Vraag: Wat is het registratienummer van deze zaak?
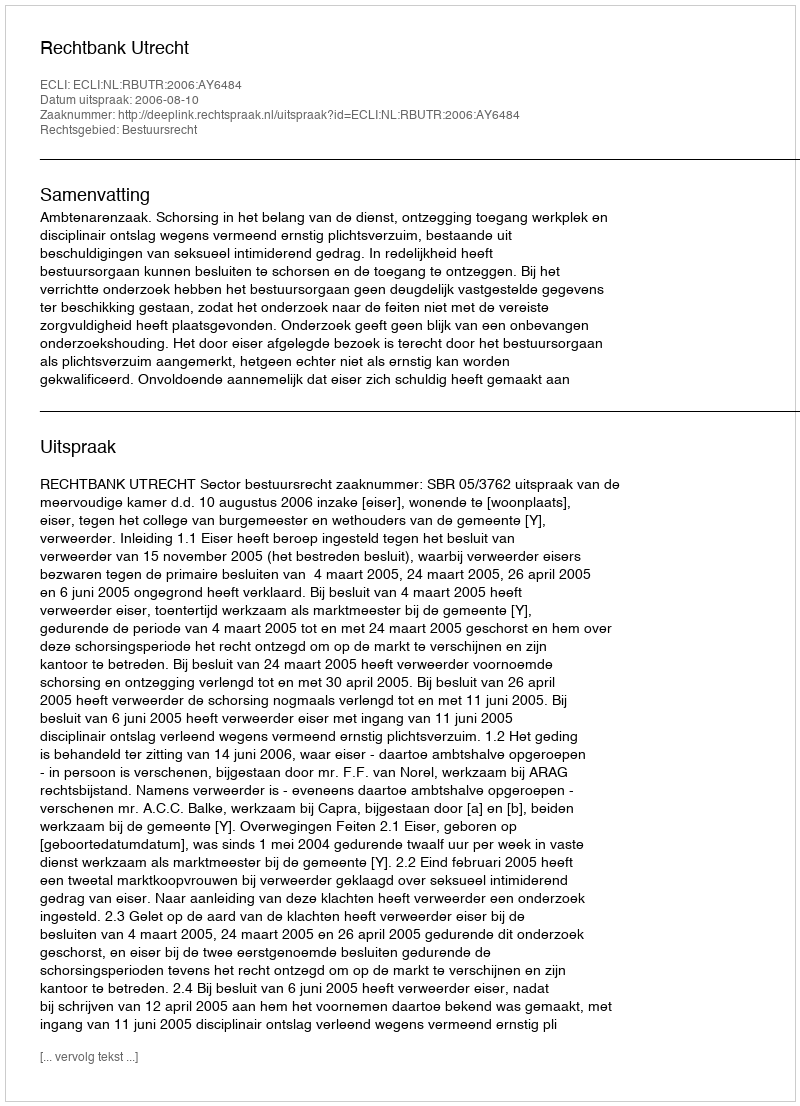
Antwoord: http://deeplink.rechtspraak.nl/uitspraak?id=ECLI:NL:RBUTR:2006:AY6484